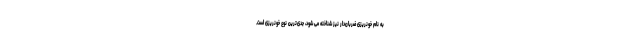
به نام خونریزی ضربان‌دار نیز شناخته می شود، جدی‌ترین نوع خونریزی است.